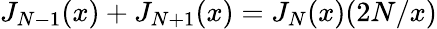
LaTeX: J_{N-1}(x)+J_{N+1}(x)=J_{N}(x)(2N/x)